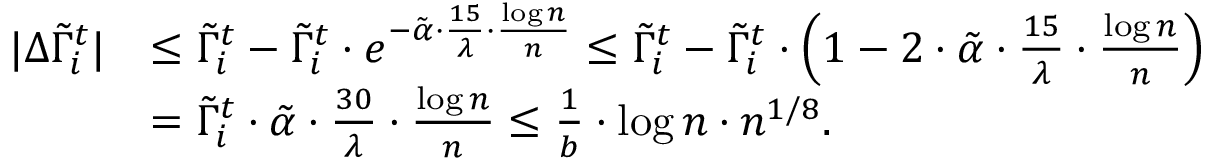
\begin{array} { r l } { | \Delta \tilde { \Gamma } _ { i } ^ { t } | } & { \leq \tilde { \Gamma } _ { i } ^ { t } - \tilde { \Gamma } _ { i } ^ { t } \cdot e ^ { - \tilde { \alpha } \cdot \frac { 1 5 } { \lambda } \cdot \frac { \log n } { n } } \leq \tilde { \Gamma } _ { i } ^ { t } - \tilde { \Gamma } _ { i } ^ { t } \cdot \Big ( 1 - 2 \cdot \tilde { \alpha } \cdot \frac { 1 5 } { \lambda } \cdot \frac { \log n } { n } \Big ) } \\ & { = \tilde { \Gamma } _ { i } ^ { t } \cdot \tilde { \alpha } \cdot \frac { 3 0 } { \lambda } \cdot \frac { \log n } { n } \leq \frac { 1 } { b } \cdot \log n \cdot n ^ { 1 / 8 } . } \end{array}